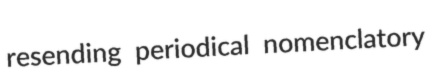
resending periodical nomenclatory